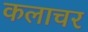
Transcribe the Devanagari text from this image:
कलाचर